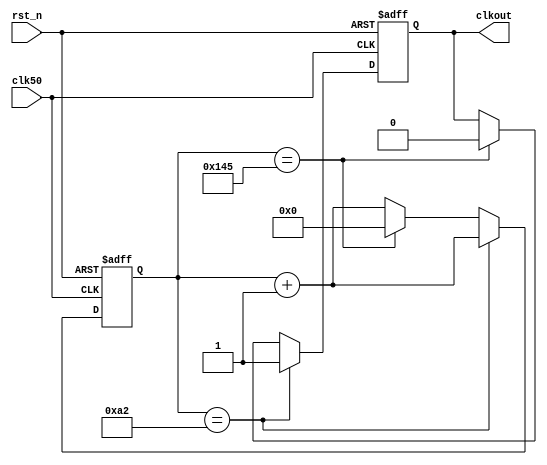
`timescale 1ns/1ps

module clkdiv(clk50,rst_n,clkout);

input clk50; //
input rst_n; 
output clkout; //

reg clkout;
reg [15:0] cnt;

//************************************
//50MHz326
always @(posedge clk50 or negedge rst_n)
begin
	if(!rst_n) 
		begin
			clkout<=1'b0;
			cnt<=0;
		end
	else if(cnt==16'd162) 
		begin
			clkout<=1'b1;
			cnt<=cnt+16'd1;
		end
	else if(cnt==16'd325)
		begin
			clkout<=1'b0;
			cnt <= 16'd0;
		end
	else 
		begin
			cnt<=cnt+16'd1;
		end
	
end


endmodule